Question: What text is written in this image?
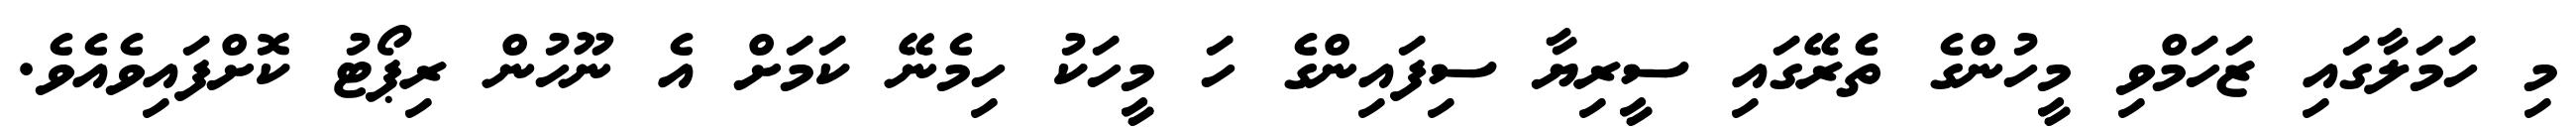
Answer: މި ހަމަލާގައި ޒަހަމްވި މީހުންގެ ތެރޭގައި ސީރިޔާ ސިފައިންގެ ހަ މީހަކު ހިމެނޭ ކަމަށް އެ ނޫހުން ރިޕޯޓު ކޮށްފައިވެއެވެ.